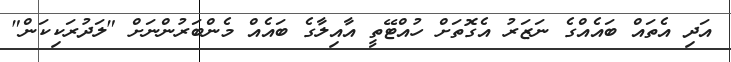
އަދި އެތައް ބައެއްގެ ނަޒަރު އެގޮތަށް ހުއްޓޭތީ އާއިލާގެ ބައެއް މެންބަރުންނަށް "ލަދުރަކިކަން"